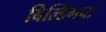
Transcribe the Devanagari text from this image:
बिल्डिंगचा